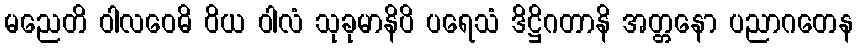
မညေတိ ဝါလဝေဓိ ဝိယ ဝါလံ သုခုမာနိပိ ပရေသံ ဒိဋ္ဌိဂတာနိ အတ္တနော ပညာဂတေန